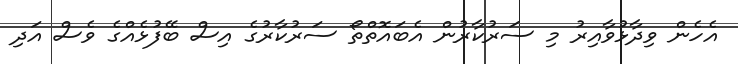
އެހެން ވިދާޅުވާއިރު މި ސަރުކާރުން އެބައޮތްތޯ ސަރުކާރުގެ އިސް ބޭފުޅެއްގެ ވެސް އަދި